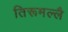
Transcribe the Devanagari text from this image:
तिरूमल्लै